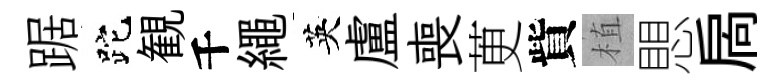
踞跎観千繩英盧喪茰貲植愳扄